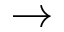
\rightarrow